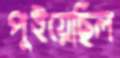
পুইয়েছিল